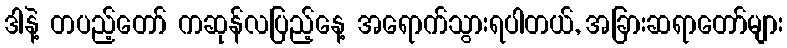
ဒါနဲ့ တပည့်တော် ကဆုန်လပြည့်နေ့ အရောက်သွားရပါတယ်, အခြားဆရာတော်များ